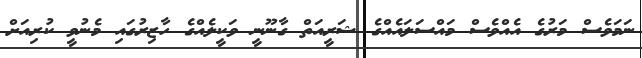
ނަމަވެސް މަރުގެ އެއްވެސް މައްސަލައެއްގެ ޝަރީއަތް ގާނޫނީ ވަކީލެއްގެ ހާޒިރުގައި މެނުވީ ކުރިއަށް